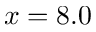
x = 8 . 0